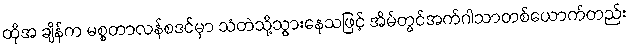
ထိုအ ချိန်က မစ္စတာလန်စဒင်မှာ သံတဲသို့သွားနေသဖြင့် အိမ်တွင်အက်ဂါသာတစ်ယောက်တည်း